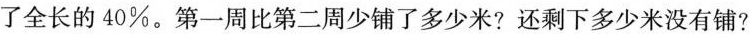
了全长的40%。第一周比第二周少铺了多少米？还剩下多少米没有铺？